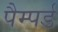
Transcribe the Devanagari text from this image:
पैम्पर्ड